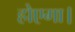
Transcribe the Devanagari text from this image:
होएगा।